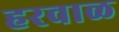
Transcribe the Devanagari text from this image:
हरवाळ